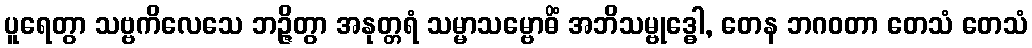
ပူရေတွာ သဗ္ဗကိလေသေ ဘဉ္ဇိတွာ အနုတ္တရံ သမ္မာသမ္ဗောဓိံ အဘိသမ္ဗုဒ္ဓေါ, တေန ဘဂဝတာ တေသံ တေသံ